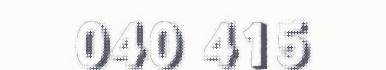
040 415